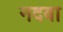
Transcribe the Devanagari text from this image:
नदवा